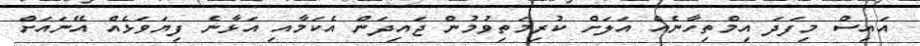
އައިސް މިފަދަ އިމްތިހާނެއް އަލަށް ކުރިމަތިވުމުން ޖައިދަން އެކަމާއި އަޅާނެ ފިޔަވަޅެއް އޭނައަށް